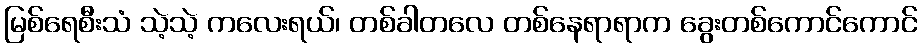
မြစ်ရေစီးသံ သဲ့သဲ့ ကလေးရယ်၊ တစ်ခါတလေ တစ်နေရာရာက ခွေးတစ်ကောင်ကောင်